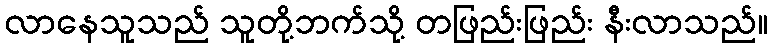
လာနေသူသည် သူတို့ဘက်သို့ တဖြည်းဖြည်း နီးလာသည်။